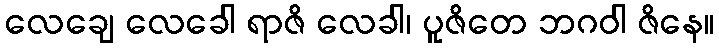
လေချေ လေခေါ ရာဇိ လေခါ၊ ပူဇိတေ ဘဂဝါ ဇိနေ။